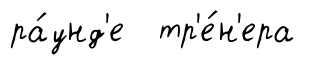
ра́унд'е тр'е́н'ера